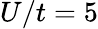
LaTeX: U/t=5